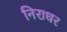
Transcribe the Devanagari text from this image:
निराधर